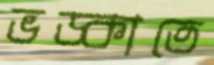
ভড়্‌কাতে